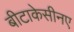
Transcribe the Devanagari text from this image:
बीटाकेसीनए